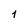
Character: 1